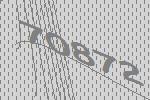
70872